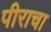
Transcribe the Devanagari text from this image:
पीराचा